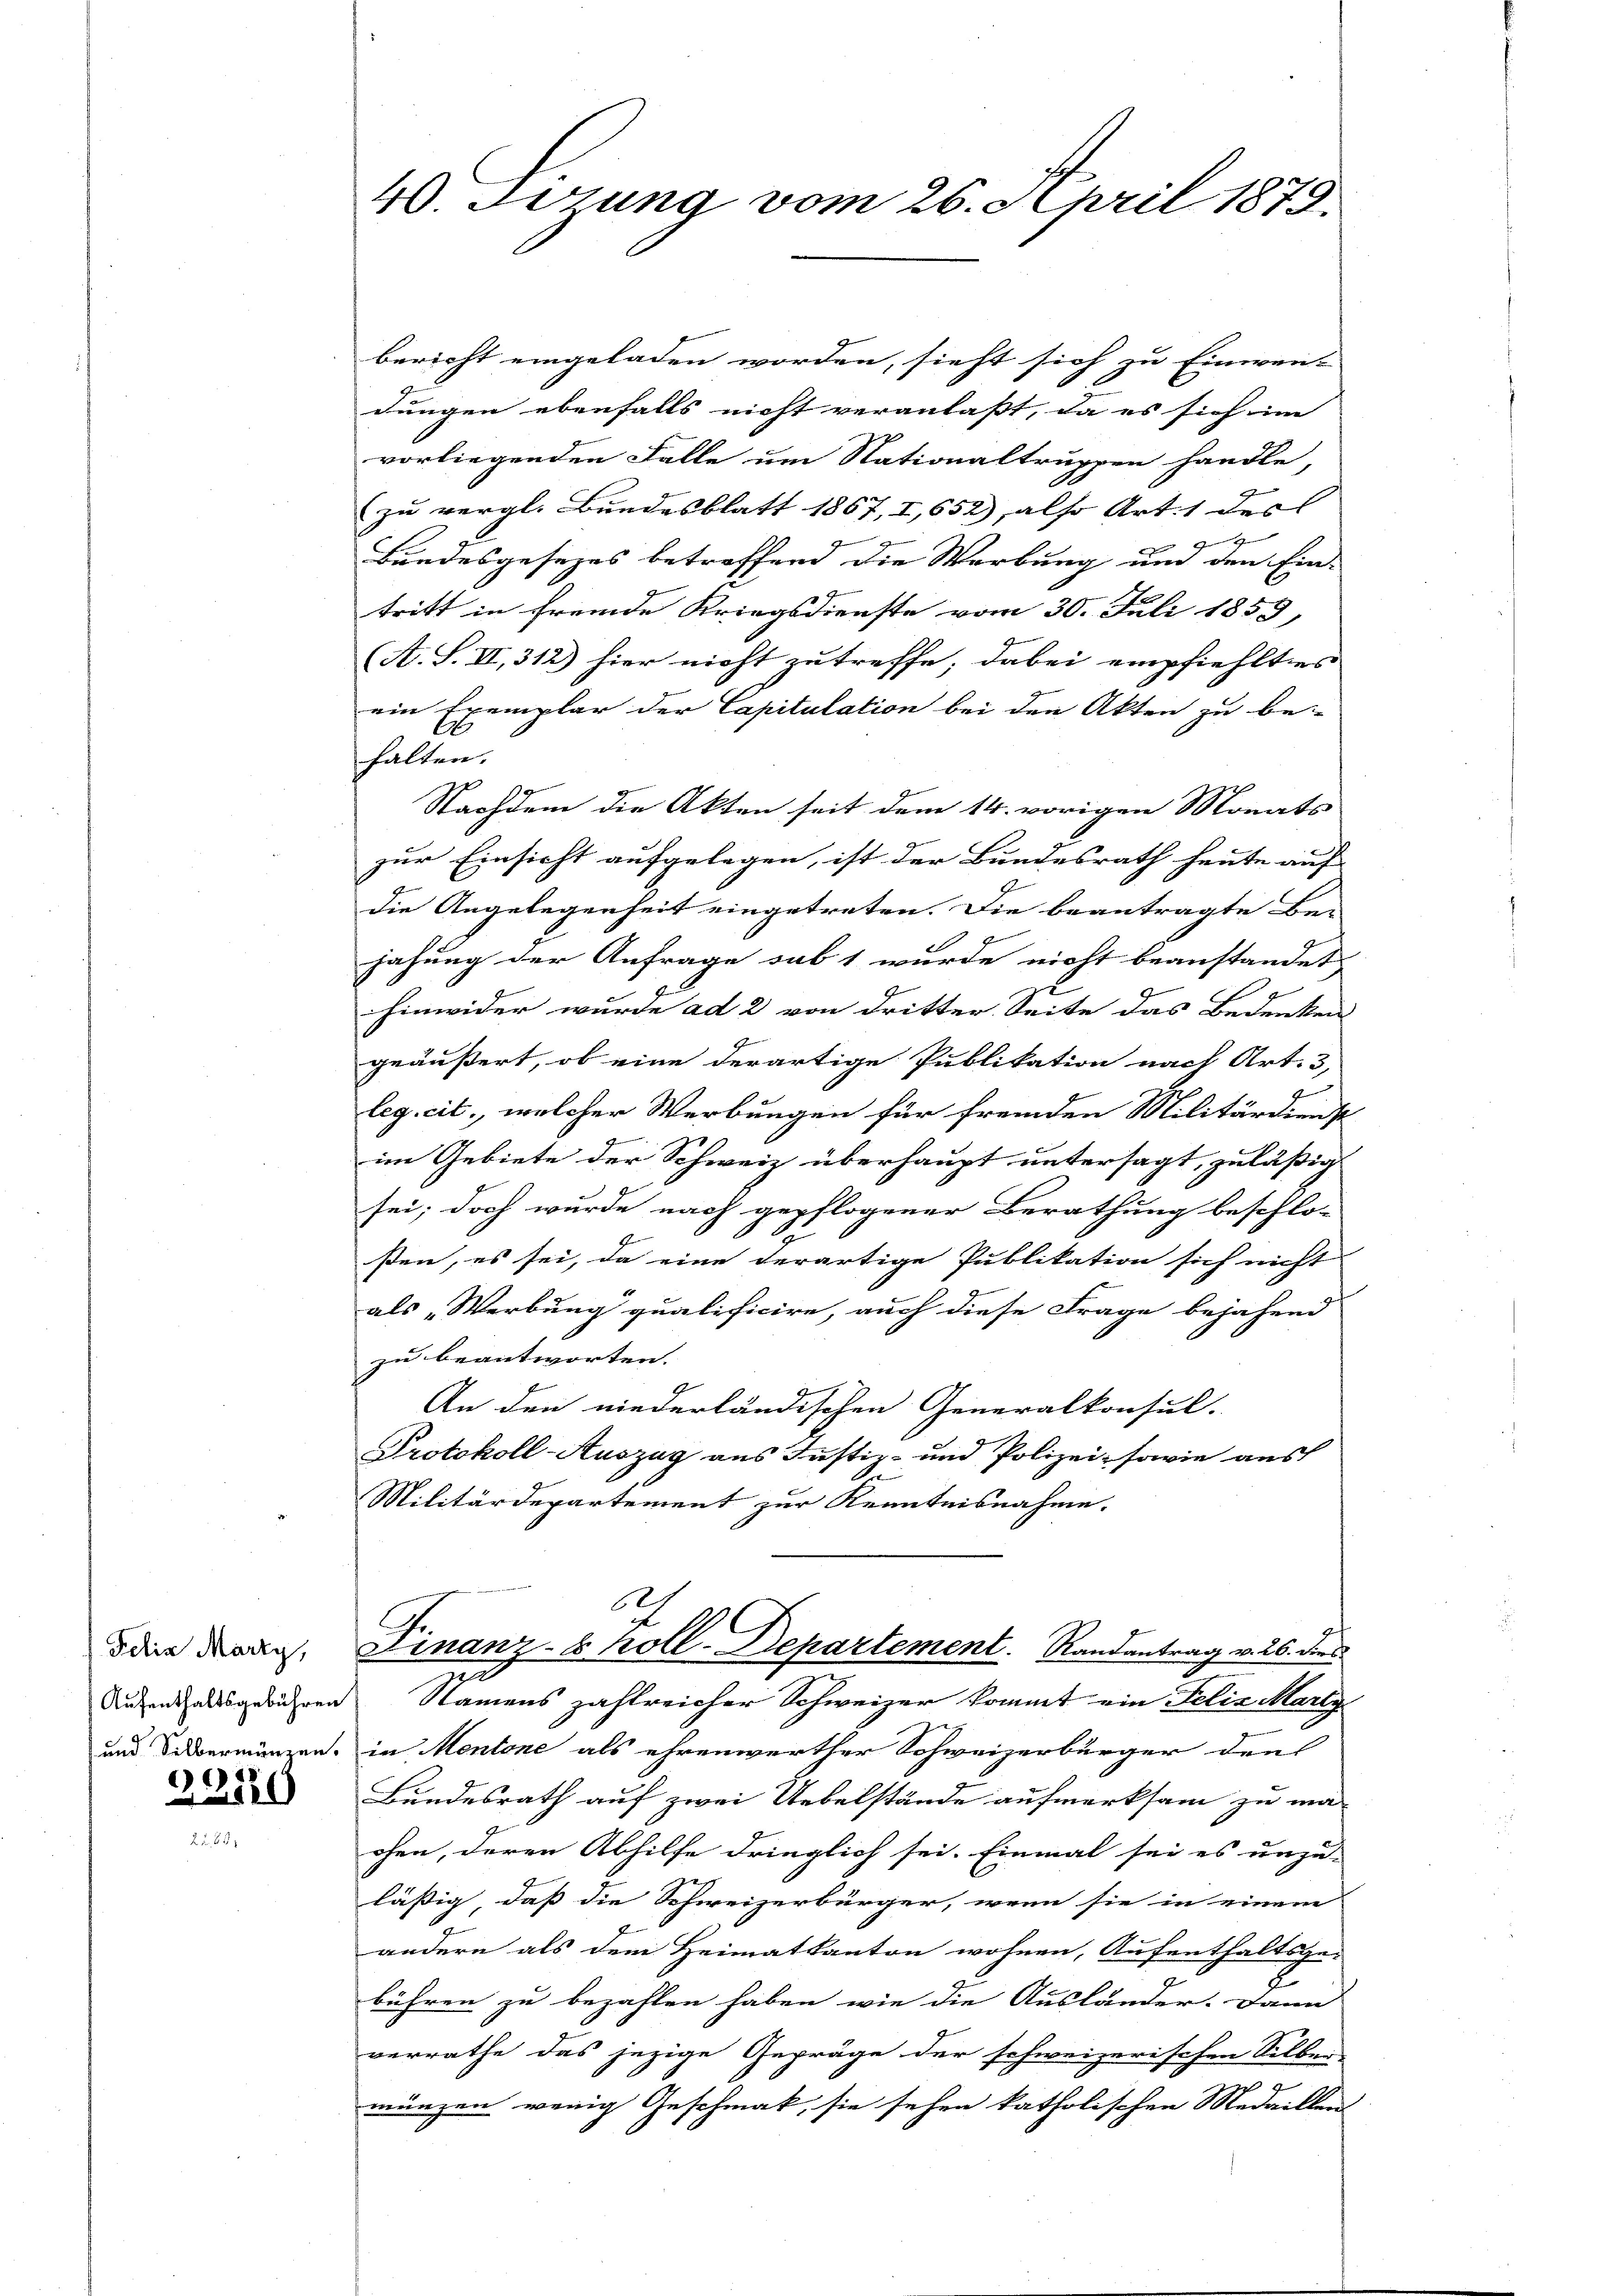
Felix Marzy,

33529

bericht eingeladen worden, sieht sich zu Einwen-
9
dungen ebenfalls nicht veranlaßt, da es sich im
vorliegenden Falle um Nationaltruppen handle,
zu vergl. Bundesblatt 1867, I,652), also Art. 1 des
4
Bundesgesezes betreffend die Werbung um den Ein-
tritt in fremde Kriegsdienste vom 30. Juli 1859,
(A. S. VI, 312) hier nicht zu treffe; dabei empfiehltes
ein Exemplar der Capitulation bei den Akten zu be-
halten.
Nachdem die Akten seit dem 14. vorigen Monats
zur Einsicht aufgelegen, ist der Bundesrath heute auf
die Angelegenheit eingetreten. Die beantragte Be-
jahung der Anfrage sub 1 wurde nicht beanstandet
2
hinwider wurde ad 2 von dritter Seite das Bedenken
geäußert, ob eine derartige Publikation nach Art. 3,
leg. cit., welcher Werbungen für fremden Militärdienst
im Gebiete der Schweiz überhaupt untersagt, zuläßig
sei; doch wurde nach gepflogener Berathung beschlos
ßen, es sei, da eine derartige Publikation sich nicht
als „Werbung qualificire, auch diese Frage bejahend
zu beantworten.
An den niederländischen Generalkonsul-
Protokoll-Auszug aus Justiz- und Polizei, sowie aus
Militärdepartement zur Kenntnisnahme.
2
Finanz-S koll-Departement.   Randantrag v. 26. dies
Aufenthaltsgebühren Namens zahlreicher Schweizer kommt ein Felix Marty
und Silbermänzen, in Mentone als ehrenwerther Schweizerbürger dens
Bundesrath auf zwei Uebelstände aufmerksam zu ma-
ohen, deren Abhilfe dringlich sei. Einmal sei es unzu-
läßig, daß die Schweizerbürger, wenn sie in einem
andern als dem Heimatkanton wohnen, Aufenthaltsge-
bühren zu bezahlen haben, wie die Ausländer. Dann
verrathe das jezige Gepräge der schweizerischen Selben
münzen wenig Geschmak, sie sehen katholischen Medaillen

40. Jezung vom 26. April 1879.